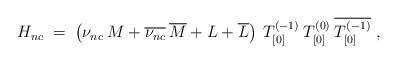
\begin{align*}H_{nc} \;=\; \left( \nu_{nc}\:M + \overline{\nu_{nc}}\: \overline{M} + L +\overline{L} \right) \: T^{(-1)}_{[0]}\: T^{(0)}_{[0]}\:\overline{T^{(-1)}_{[0]}}\;, \end{align*}